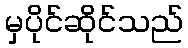
မှပိုင်ဆိုင်သည်